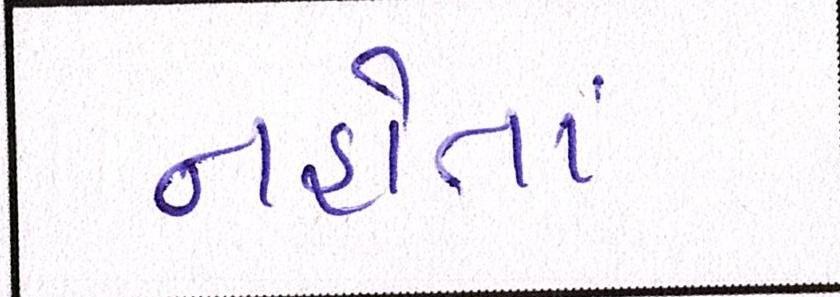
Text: નહોતાં